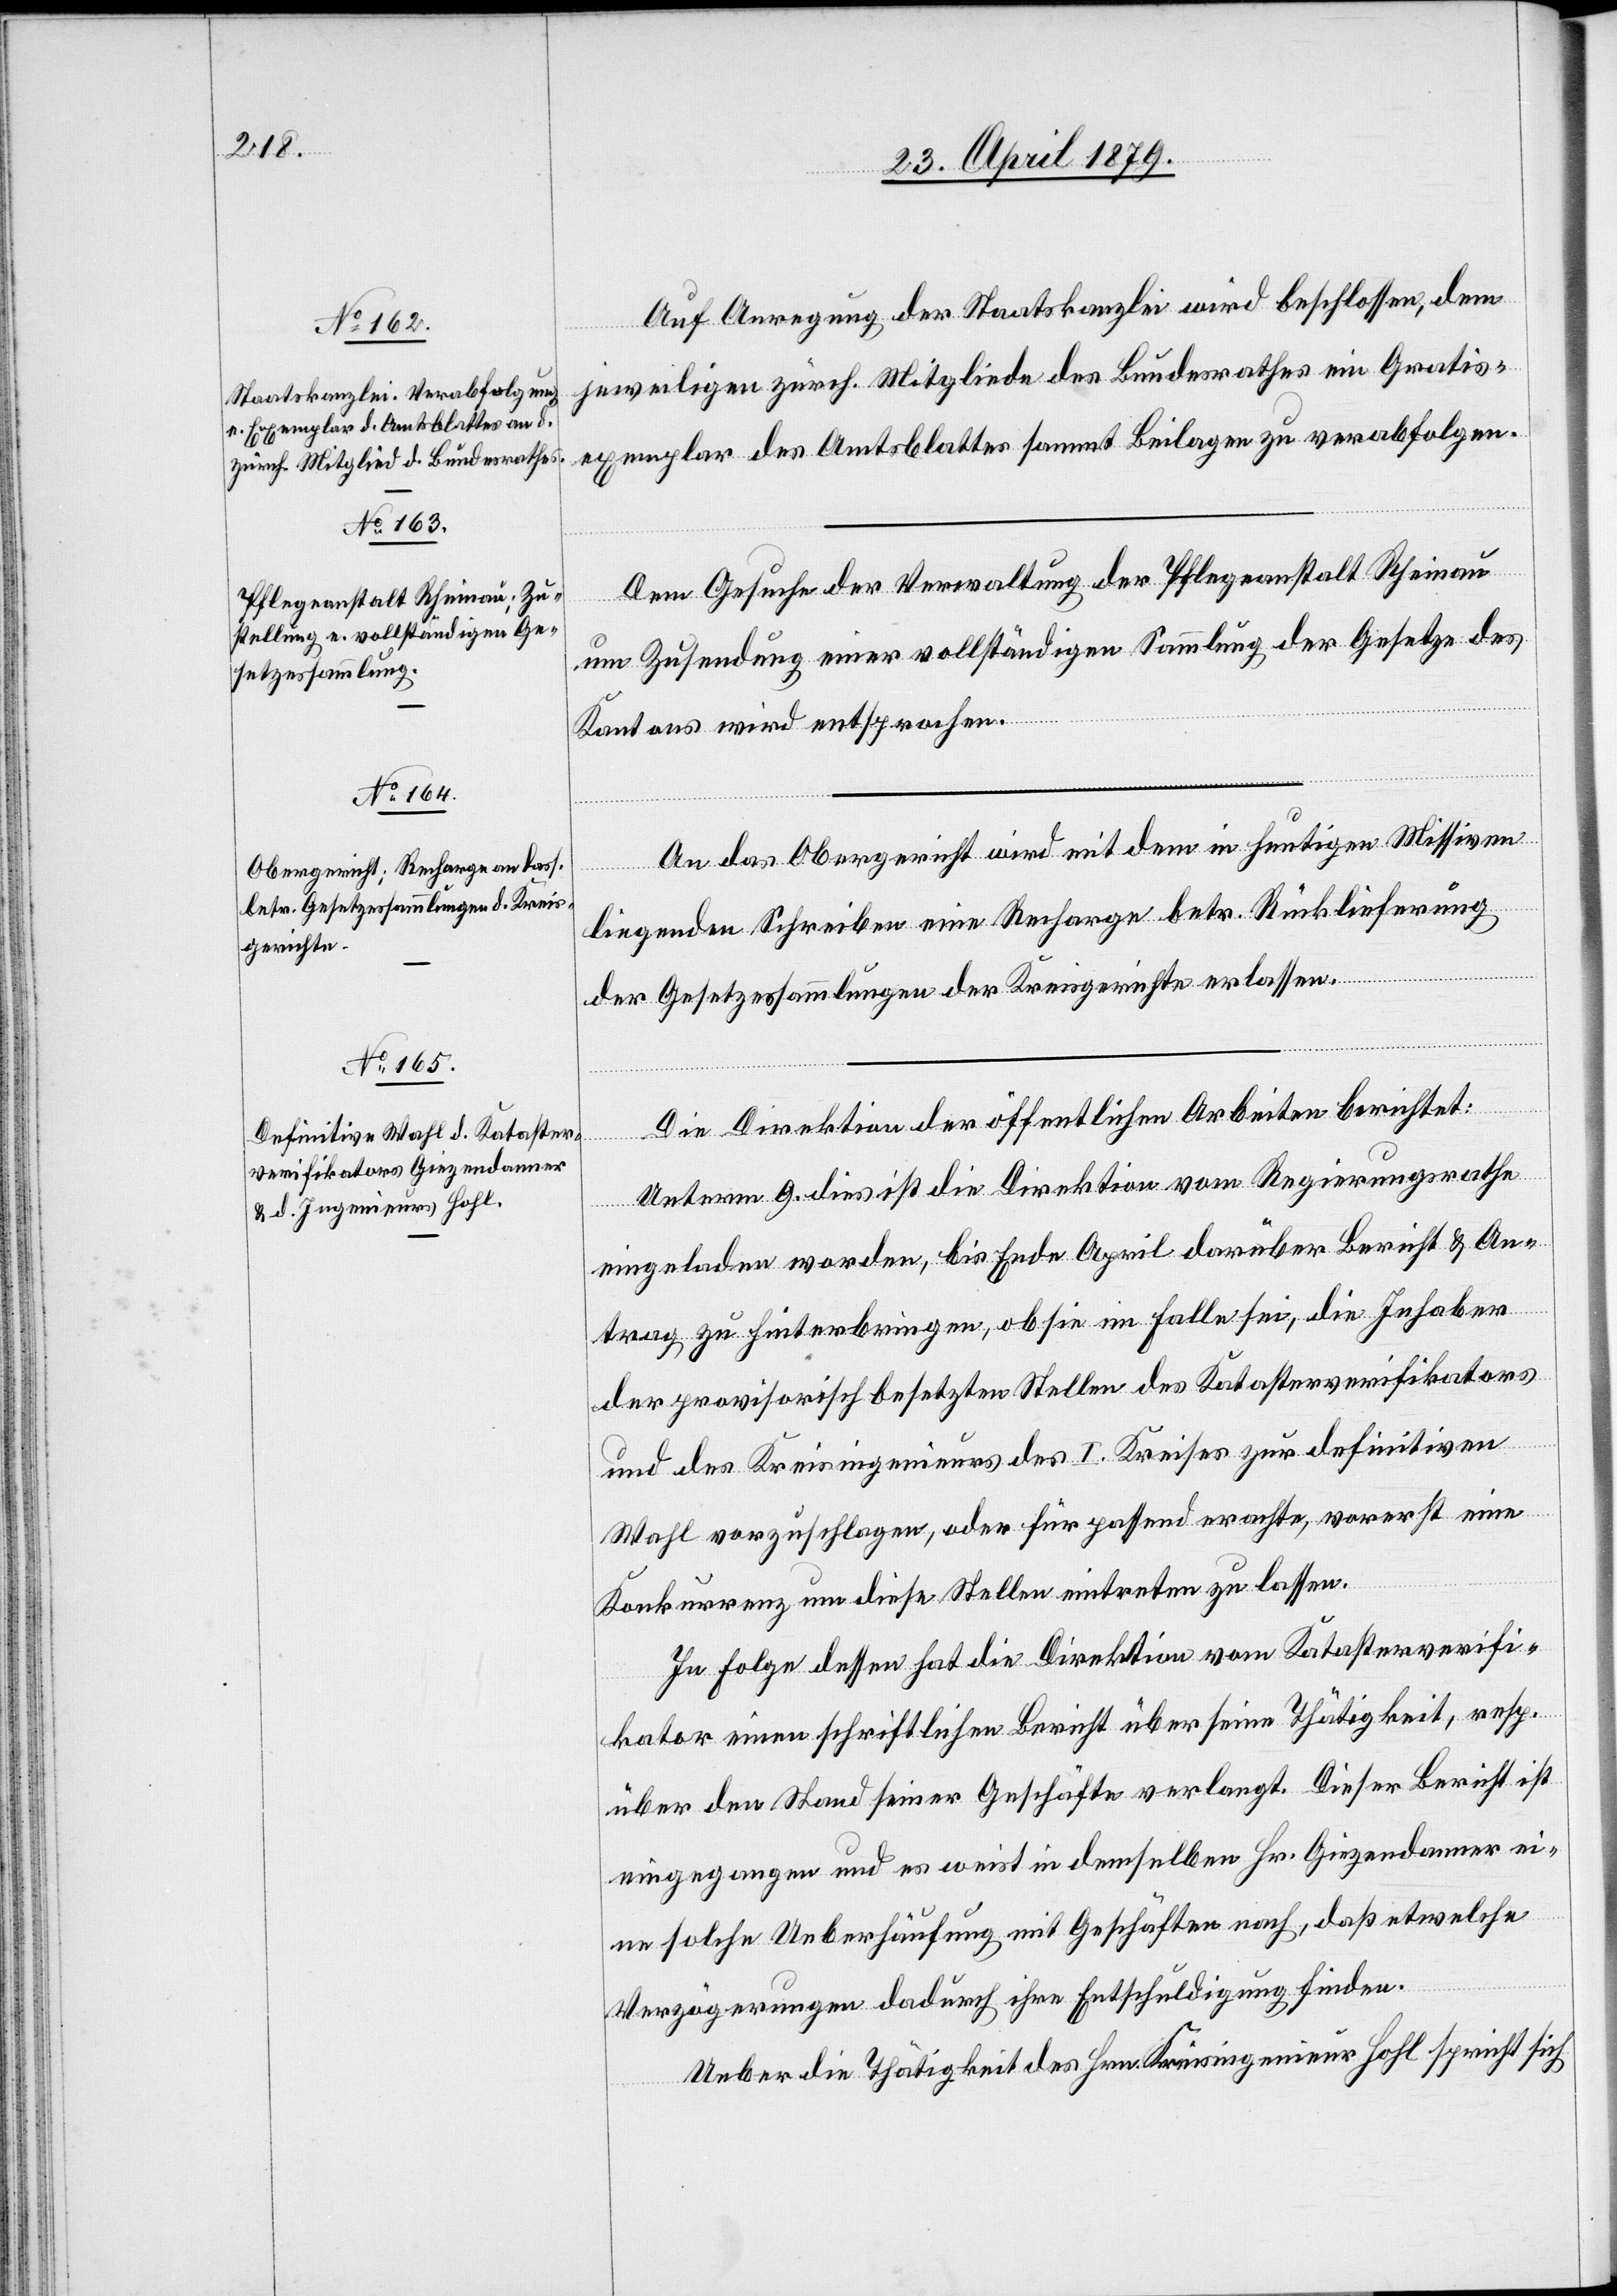
Auf Anregung der Staatskanzlei wird beschlossen, dem
jeweiligen zürch. Mitgliede des Bundesrathes ein Gratis¬
exemplar des Amtsblattes sammt Beilagen zu verabfolgen.
Dem Gesuche der Verwaltung der Pflegeanstalt Rheinau
um Zusendung einer vollständigen Sammlung der Gesetze des
Kantons wird entsprochen.
An das Obergericht wird mit dem in heutigen Missiven
liegenden Schreiben eine Recharge betr. Rücklieferung
der Gesetzessammlungen der Kreisgerichte erlassen.
Die Direktion der öffentlichen Arbeiten berichtet:
Unterm 9. dies ist die Direktion vom Regierungsrathe
eingeladen worden, bis Ende April darüber Bericht & An¬
trag zu hinterbringen, ob sie im Falle sei, die Inhaber
der provisorisch besetzten Stellen des Katasterverifikators
und des Kreisingenieurs des I. Kreises zur definitiven
Wahl vorzuschlagen, oder für passend erachte, vorerst eine
Konkurrenz um diese Stellen eintreten zu lassen.
In Folge dessen hat die Direktion vom Katasterverifi¬
kator einen schriftlichen Bericht über seine Thätigkeit, resp.
über den Stand seiner Geschäfte verlangt. Dieser Bericht ist
eingegangen und es weist in demselben Hr. Giezendanner ei¬
ne solche Ueberhäufung mit Geschäften nach, daß etwelche
Verzögerungen dadurch ihre Entschuldigung finden.
Ueber die Thätigkeit des Hrn. Kreisingenieur Hohl spricht sich